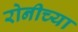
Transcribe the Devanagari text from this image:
रोनीच्या